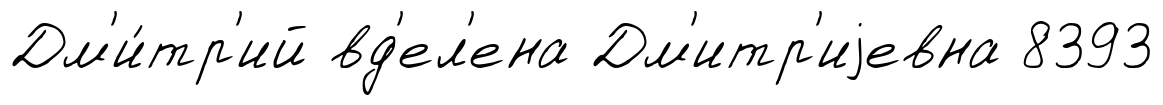
Дм'и́тр'ий вд'ел'ена Дм'итр'иjевна 8393